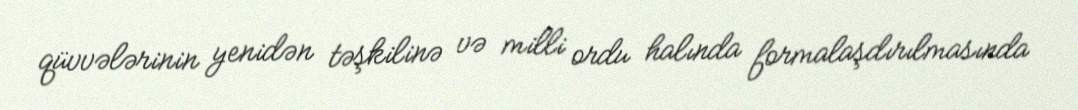
qüvvələrinin yenidən təşkilinə və milli ordu halında formalaşdırılmasında